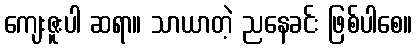
ကျေးဇူးပါ ဆရာ။ သာယာတဲ့ ညနေခင်း ဖြစ်ပါစေ။